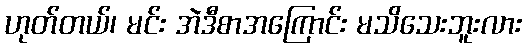
ဟုတ်တယ်၊ မင်း အဲဒီစာအကြောင်း မသိသေးဘူးလား